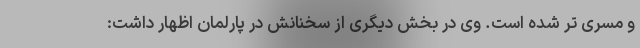
و مسری تر شده است. وی در بخش دیگری از سخنانش در پارلمان اظهار داشت: